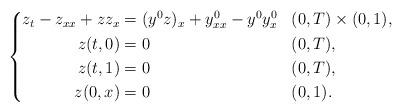
LaTeX: \begin{align*} \left\{ \begin{aligned} z_t - z_{xx} + z z_x & = (y^0z)_x + y^0_{xx} - y^0 y^0_x && (0,T) \times (0,1), \\ z(t,0) &= 0 && (0,T), \\ z(t,1) &= 0 && (0,T), \\ z(0,x) &= 0 && (0,1). \end{aligned} \right. \end{align*}